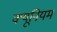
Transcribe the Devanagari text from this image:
क्यूनियम